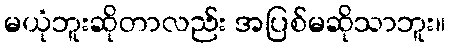
မယုံဘူးဆိုတာလည်း အပြစ်မဆိုသာဘူး။